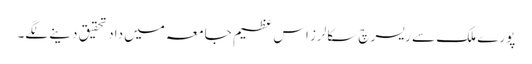
پورے ملک سے ریسرچ سکالرز اس عظیم جامعہ میں داد تحقیق دینے لگے۔